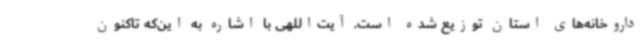
داروخانه‌های استان توزیع شده است. آیت‌اللهی با اشاره به این‌که تاکنون